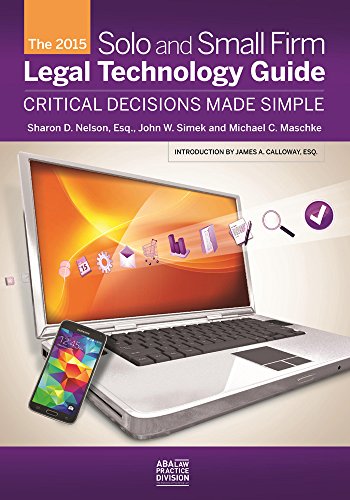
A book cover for The 2015 Solo and Small Firm Legal Technology Guide; Sharon D. Nelson; Computers & Technology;